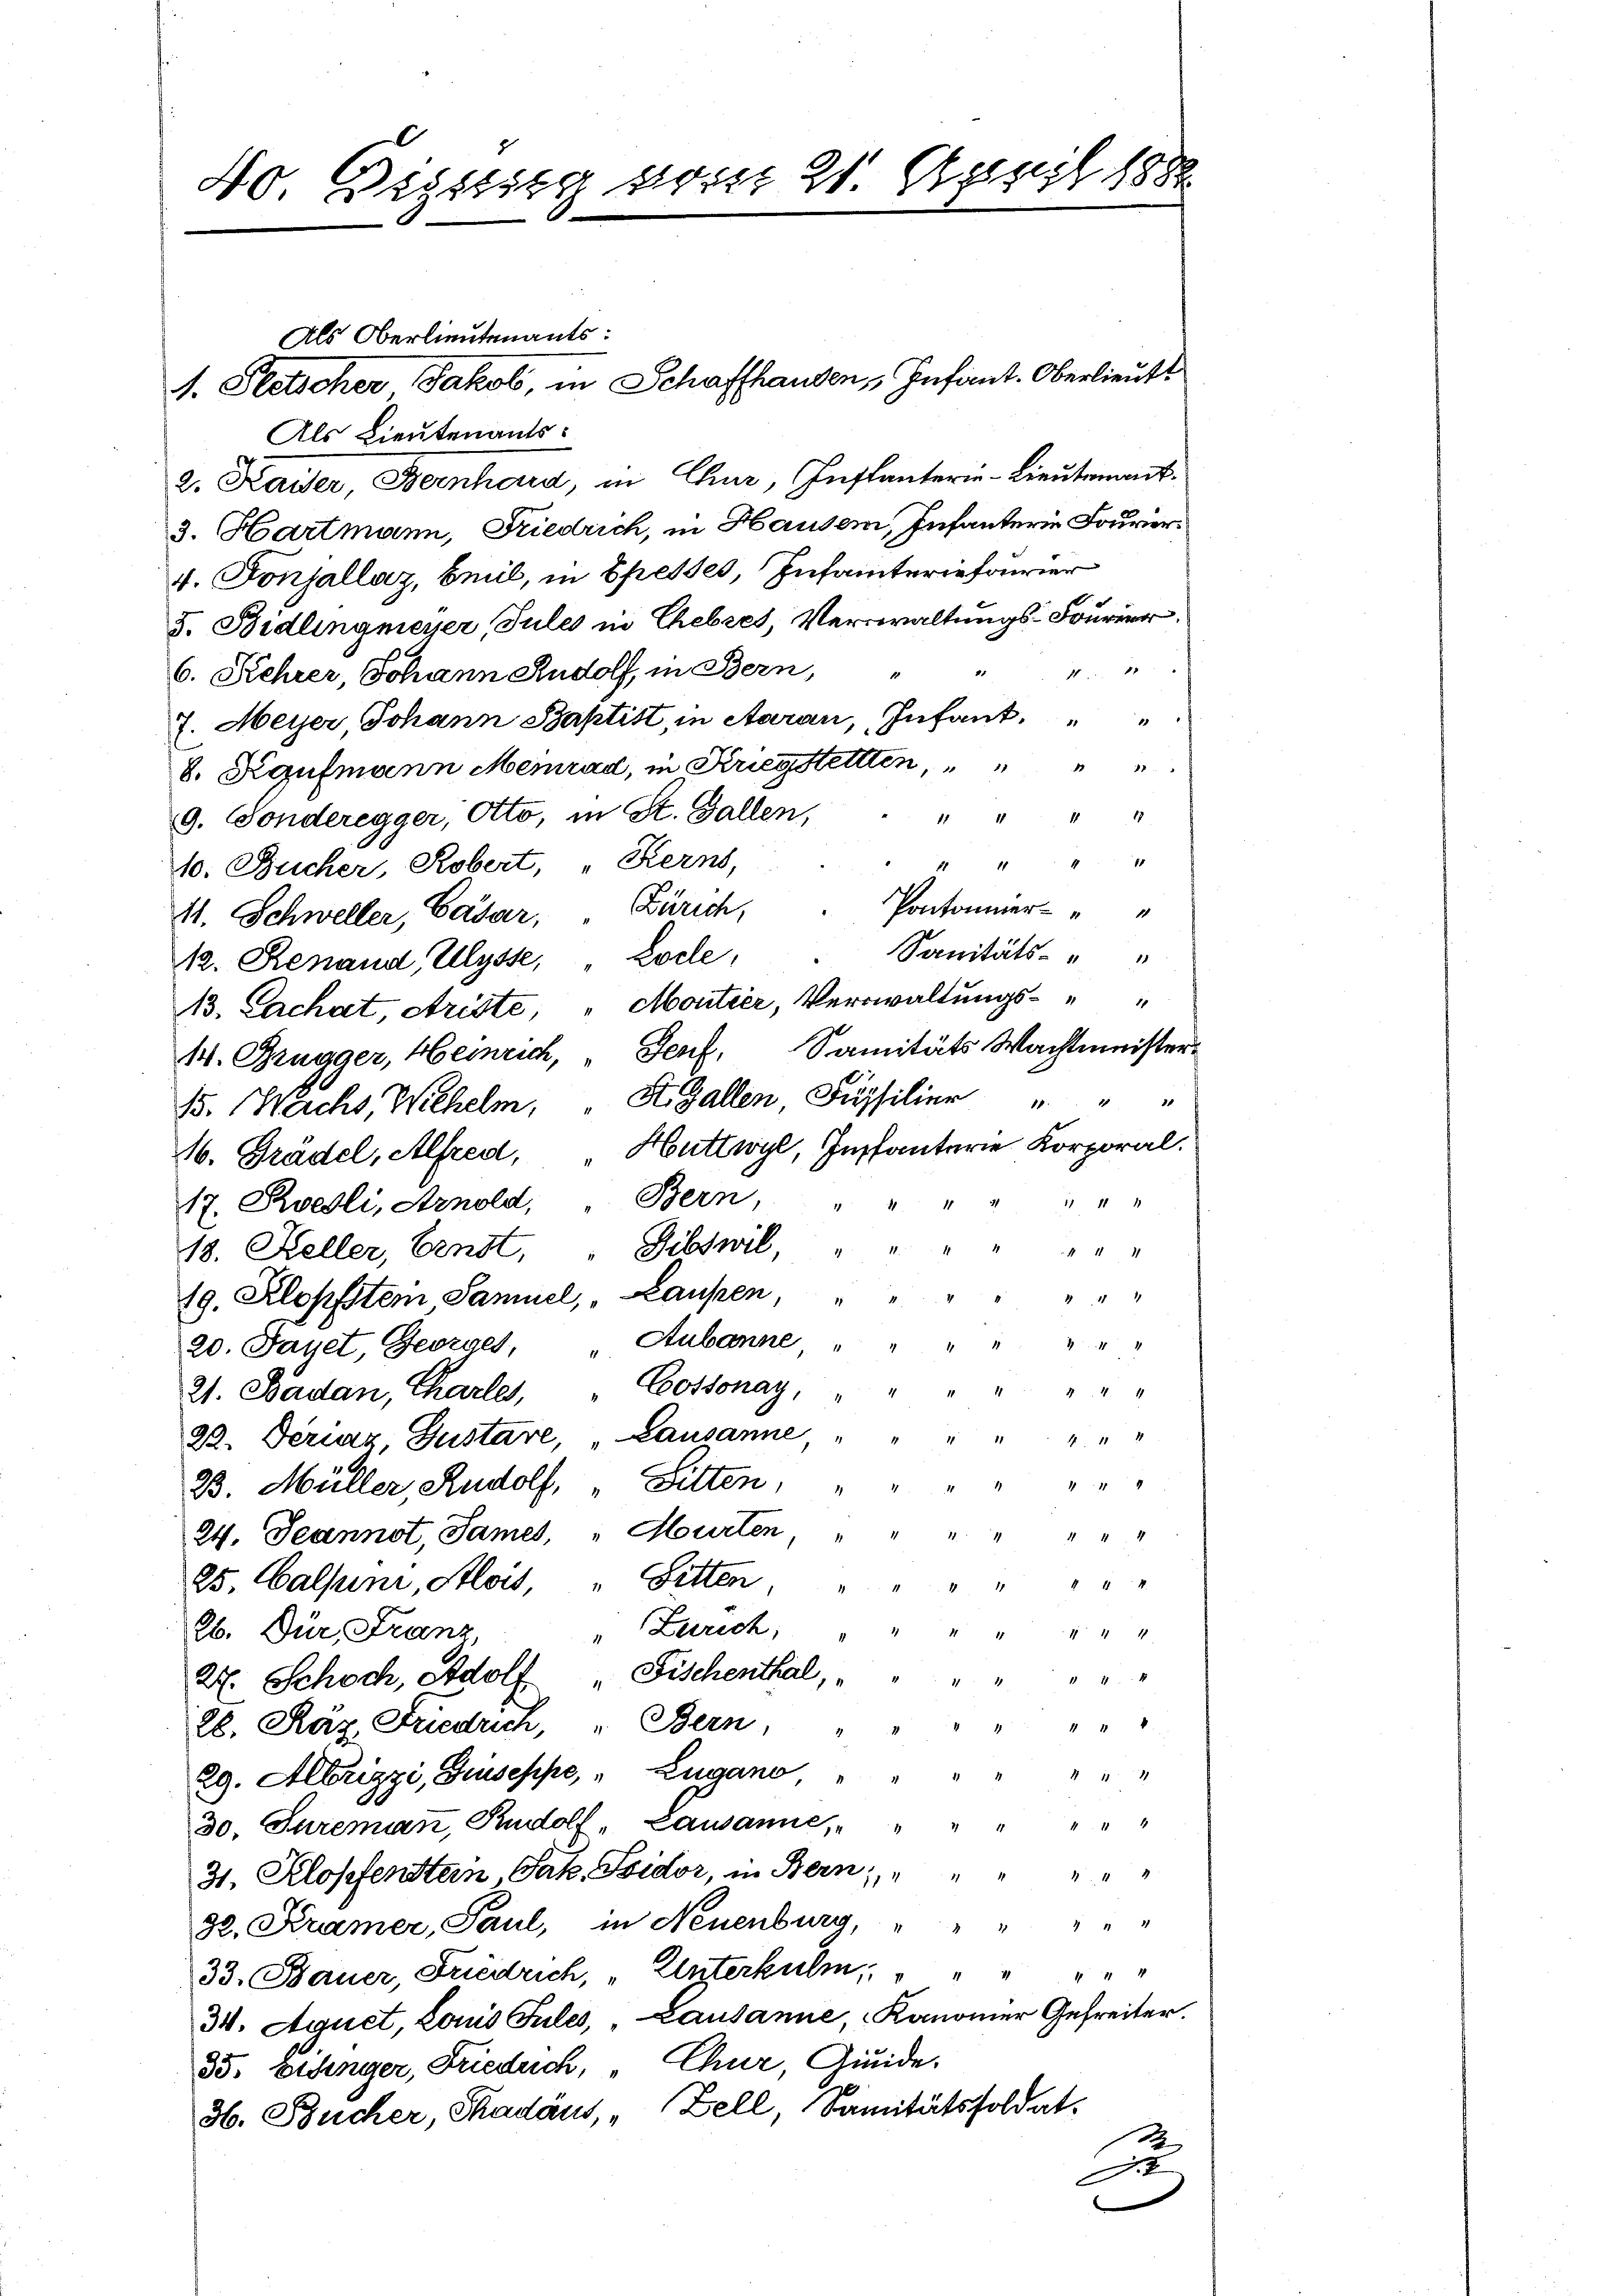
Als Oberlieutenants:
I. Peetscher Jakob, in Schaffhausen, " Infant. Oberlieutt
Als Lieutenants:
2. Kaiser, Bernhard, in Chur, Instanteren - Lieutenant¬
3. Hartmann, Friedrich, in Hauser, Infanterie Fourier.
4. Fonjallaz, beeil, in Epesses, Infanteriefourier
5. Bidlingmeyer, Jules in Ehebres, Verwaltungs-Fourier
882
6. Kehrer, Johann Rudolf, in Bern,
1
7. Meyer Johann Baptist, in Aaran, Infant,
8. Kaufmann Memrad, in Krieg stetten
  "
9. Gonderegger, Otto, in St. Gallen,
4 " " " " 9
10. Bucher, Robert, " Kerns,
Pontonier
11. Schweller, Cadar. Zürich,
Sanitäts-
12. Renaud, Ulysse, Zolle,
13. Lachat, Ariste, " Moutier, Verwaltungs-
14. Gugger, Heinrich, " Senf, Sanitäts Wachtmeister¬
15. Wachs, Wilhelm, St. Gallen Füsilier " " "
16. Gradel, Alfred, Huttwyl, Instanterie Korporal.
Bern, " " " " " " "
17. Roedli, Arnold,
18. Keller, Fenst, " Gibswil, " " " " " " "
19. Klopfstem Samuel, " Laupen, " " " " " " "
20. Janet, Georges, " Aubanne, " "
21. Badan, Charler, Cossonay,
92. Seriaz, Gustare, Lausanne " "
14
23. Müller, Rudolf, Sitten, " "
24. Jeannot, James, " Murten, " " " " " " "
25. Calsuni, Alois, " Fetten, " " " " " " "
" Zarrech " " " " " " "
26. Dür Franz,
27. Schoch, Adolf Fischenthal, " " " " " " "
2b. Räz Friedrich, Bern
 4 f 4 x
29. Albrizzi, Giuseppe, " Zugano " " " " " " "
30. Jureman, Rudolf, Lausanne, " " " " " " "
31. Klopfensten Jak. Sidor, in Bern, " " " " " "
32. Kramer, Paul, in Neuenburg, " " " " " "
33. Bauer, Friedrich, Unterkulm, " " " "
34. Agnet, Louis Jules, Lausanne, Kanonier Gefreiter.
35. besinger, Frieduch, Chur, Giuide.
H. Bücher, Thadäus, " Zell, Sanitätssoldat.
Zu

4o Wigung vom 21. April 1880